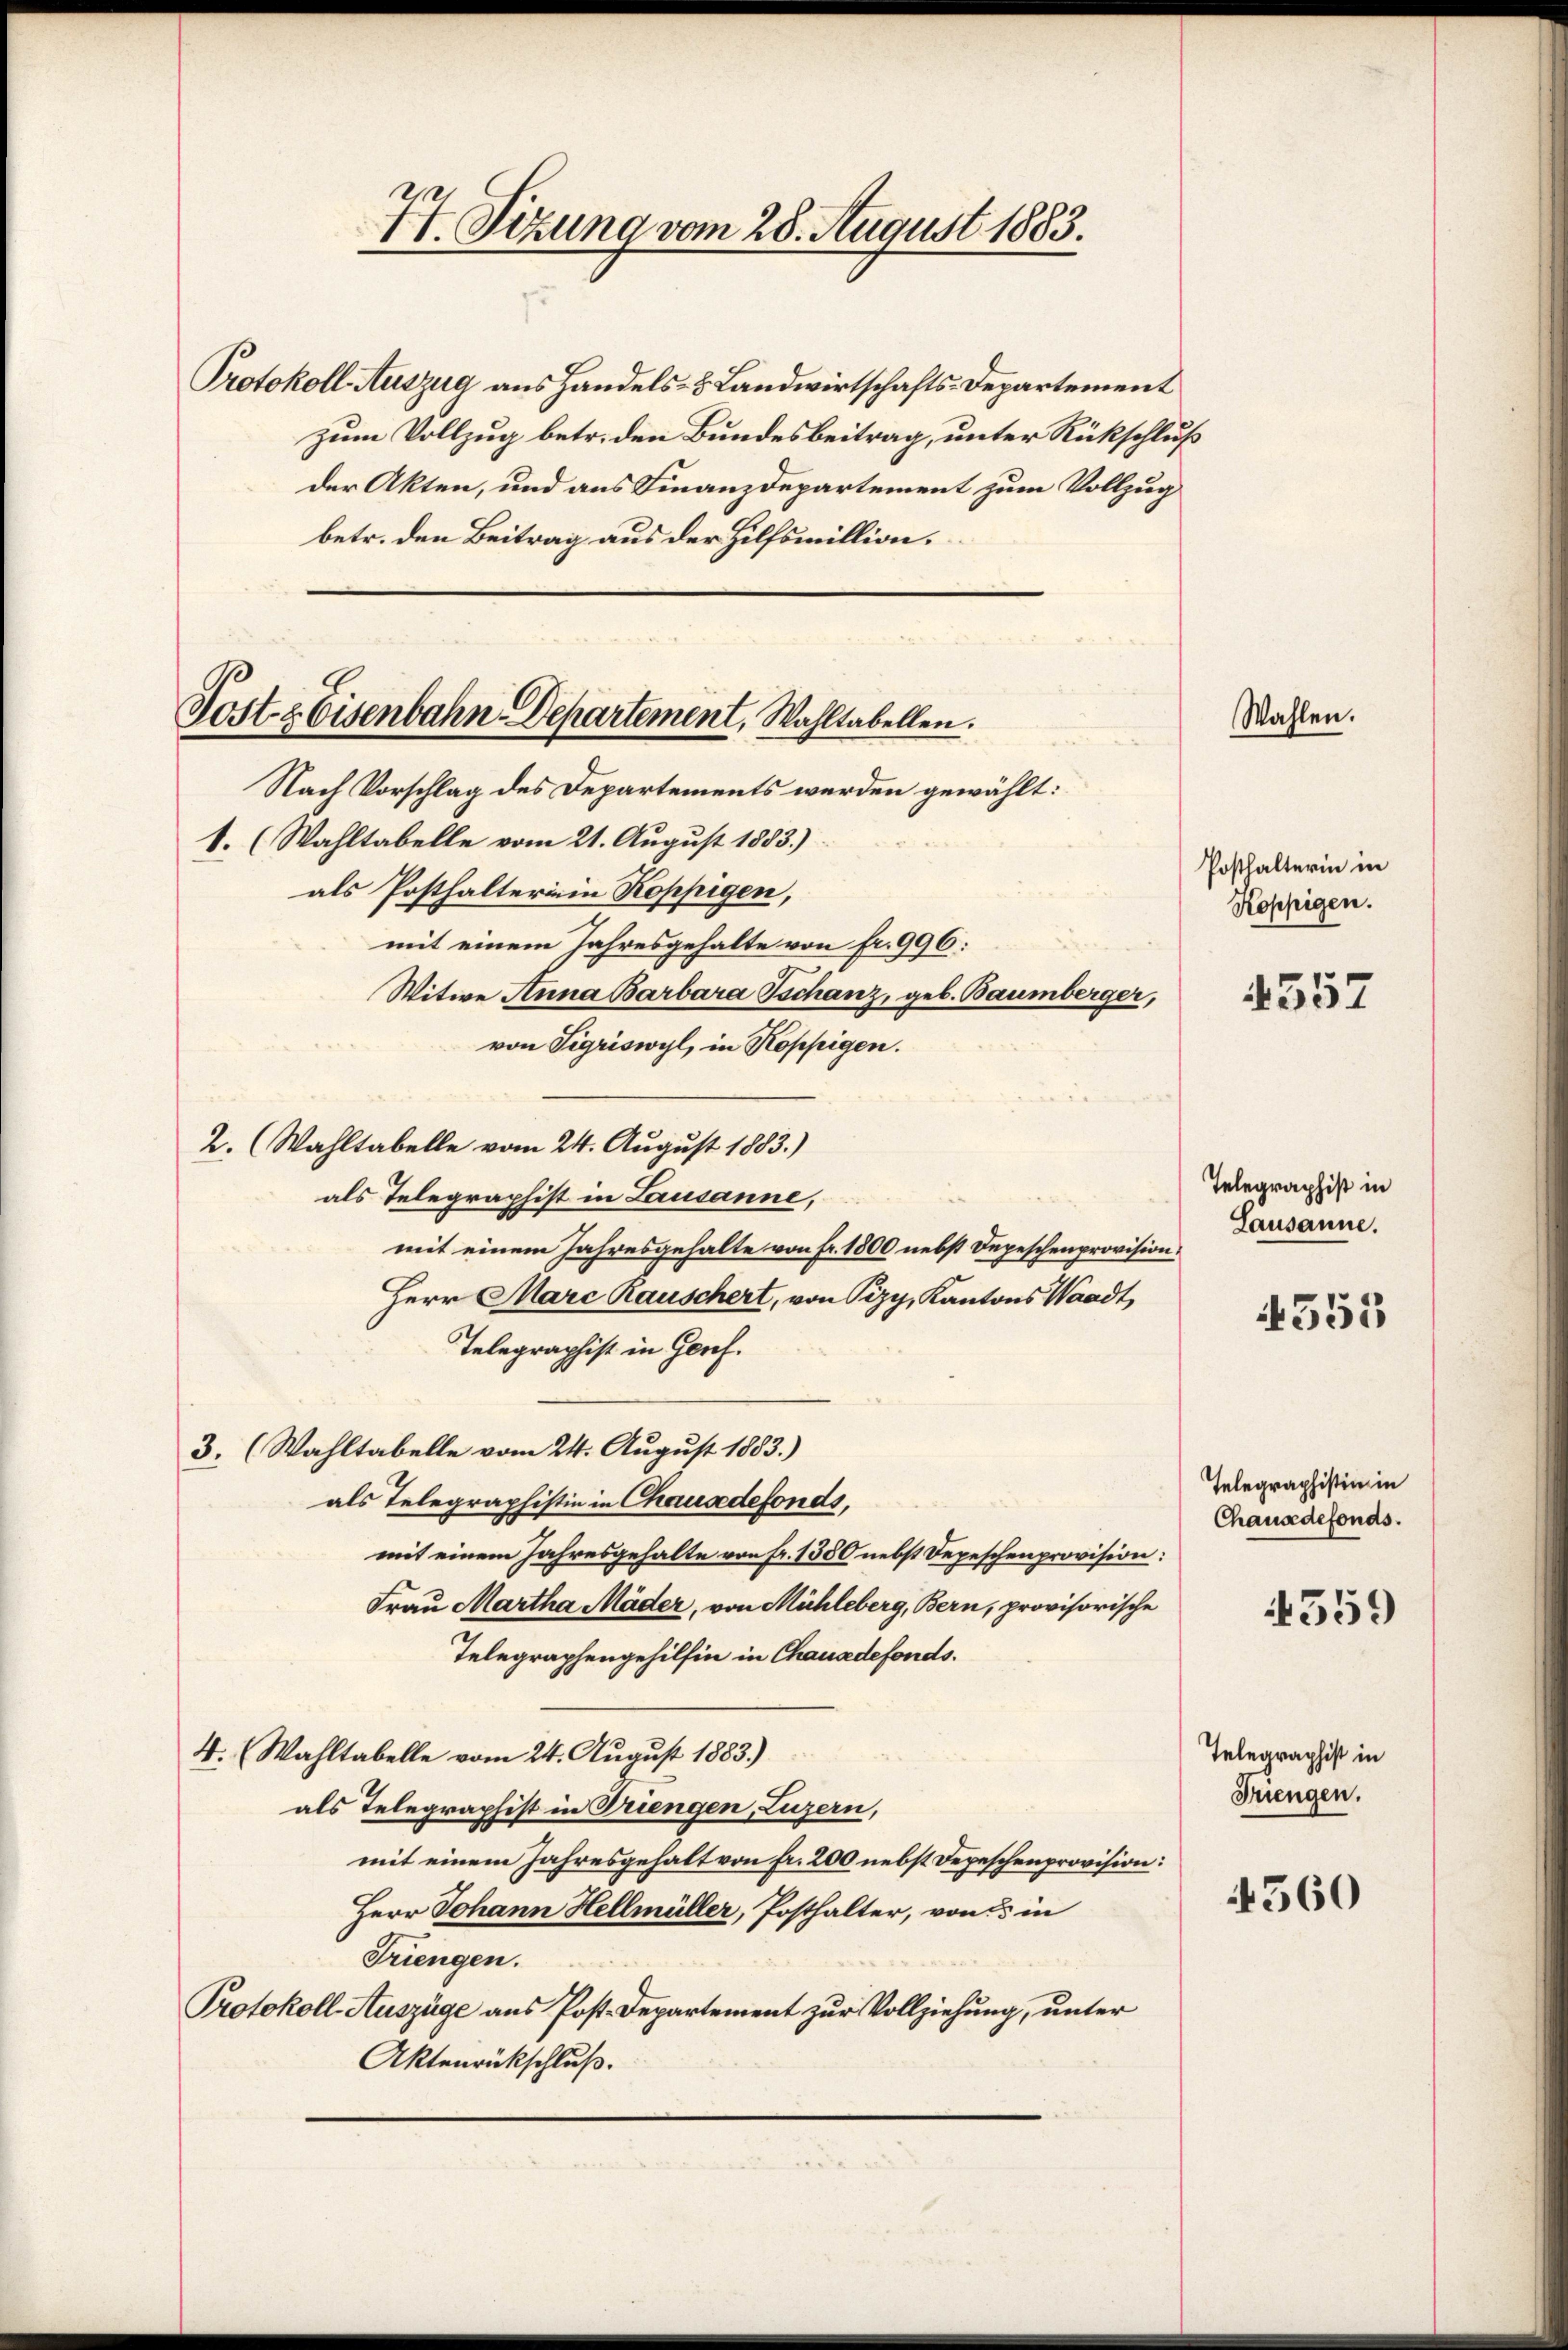
77. Sizung vom 28. August 1883.

Protokoll Auszug aus Handels- & Landwirtschafts-Departement
zum Vollzug betr. den Bundesbeitrag, unter Rückschluß
der Akten, und aus Finanzdepartement zum Vollzug
betr. den Beitrag aus der Hilfsmillion.

Post & Eisenbahn-Departement, Wahltabellen.
Nach Vorschlag des Departements werden gewählt:

1. (Wahltabelle vom 21. August 1883.)
als Posthalterinia Koppigen,
mit einem Jahresgehalte von fr. 996:
Witwe Anna Barbara Tschanz, geb. Baumberger,
von Sigriswyl, in Koppigen.
2. (Wahltabelle vom 24. August 1883.)
als Telegraphist in Lausanne,
mit einem Jahresgehalte von fr. 1800 nebst Depeschenprovision.
Herr Marc Rauschert, von Pizy, Kantons Waadt,
Telegraphist in Genf.
3. (Wahltabelle vom 24. August 1883.)
als Telegraphistin in Chausedefonds.
mit einem Jahresgehalte von fr. 1380 nebst Depeschenprovision:
Frau Martha Mäder, von Mühleberg, Bern, provisorische
Telegraphengehilfen in Chausedefonds.
4. (Wahltabelle vom 24. August 1883.)
als Telegraphist in Triengen, Luzern,
mit einem Jahresgehalt von fr. 200 nebst Depeschenprovision:
Herr Johann Hellmüller, Posthalter, von 5 in
Triengen.
Protokoll-Auszüge aus Post-Departement zur Vollziehung, unter
Aktenrückschluß.

Wahlen.

Posthalterin in
Koppigen.

4557

Telegraphist in
Lausanne.

4353

Telegraphistin in
Chause defonds.

Telegraphist in
Frengen.

4560

559